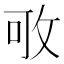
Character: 𢼔